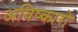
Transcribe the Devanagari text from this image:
अविष्कारो